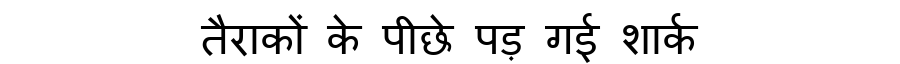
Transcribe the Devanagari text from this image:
तैराकों के पीछे पड़ गई शार्क